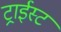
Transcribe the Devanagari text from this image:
ट्राईस्ट